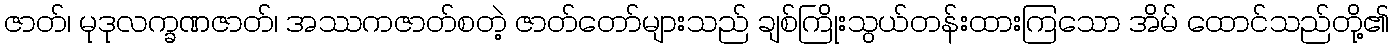
ဇာတ်၊ မုဒုလက္ခဏဇာတ်၊ အဿကဇာတ်စတဲ့ ဇာတ်တော်များသည် ချစ်ကြိုးသွယ်တန်းထားကြသော အိမ် ထောင်သည်တို့၏